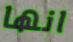
انها